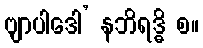
ဗျာပါဒေါ’ နဘိရဒ္ဓိ စ။